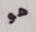
هو